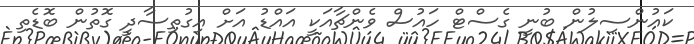
ކައުންސިލުން ބުނީ ގެސްޓް ހައުސް ވެންޗާއަކީ އައްޑު އަށް އިގުތިސާދީ ގޮތުން ބޮޑެތި